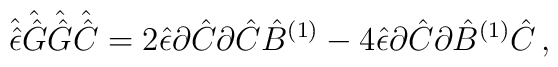
\hat{\hat{\epsilon}}\hat{\hat{G}}\hat{\hat{G}}\hat{\hat{C}}=2 \hat{\epsilon}\partial\hat{C}\partial\hat{C}\hat{B}^{(1)}-4\hat{\epsilon}\partial\hat{C}\partial\hat{B}^{(1)}\hat{C}\, ,